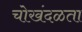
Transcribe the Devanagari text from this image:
चोखंदळता